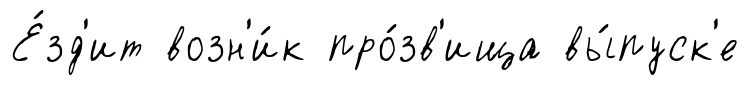
Е́зд'ит возн'и́к про́зв'ища вы́пуск'е